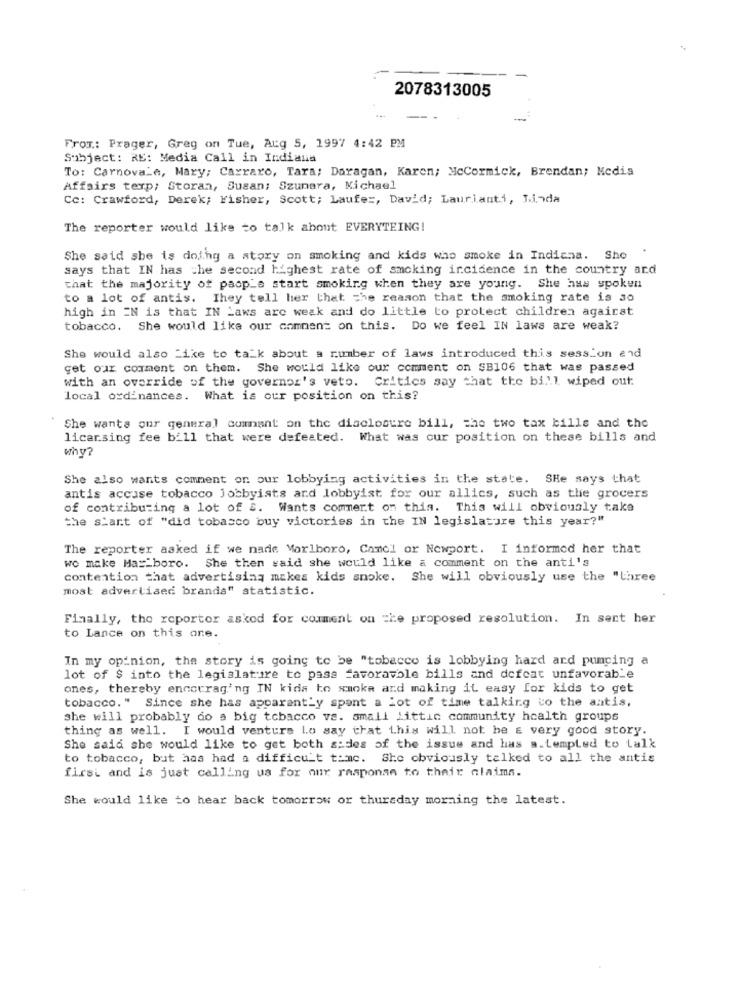
2078313005
From .: Prager, Greg on Tue, Atg 5, 1997 4:42 PM
Subject: RE: Media Call in Indiana
To: Carnovale, Mary; Carraro, Tara; Daragan, Karen; McCormick, Brendan; Medis
Affairs texp; Storan, Susan; Szunara, Michael
Cc: Crawford, Derek; Fisher, Scott; Laufe :, David; Laurlanti, Linda
The reporter would like to talk about EVERYTHING!
She said she is doing a atory on smoking and kids who smoke in Indiana. She
says that IN has the second highest rate of smoking incidence in the country and
that the majority of paop's start smoking when they are young. She has spoken
to a lot of antis. They tell her that the reason that the smoking rate is so
high in EN is that IN Laws are weak and do little to protect children against
tobacco. She would like our comment on this. Do we feel IN laws are weak?
She would also Like to talk about a number of laws introduced this session and
get our comment on them.
She would like our comment on SB106 that was passed
with an override of the governor's veto. Critics say that the bill wiped out:
local ordinances. What is our position on this?
She wants our general comment on the disclosure bill, the two tax bills and the
licar.sing fee bill that were defeated. What was cur position on these bills and
Why?
She also wants comment on our lobbying activities in the state. SHe says that
antis accuse tobacco Jobbyists and lobbyist for our allies, such as the grocers
of contributing a lot of S. Wants comment on this. This will obviously take
the start of "did tobacco buy victories in the IN legislature this year?"
The reporter asked if we nade Marlboro, Canol or Newport. I informed her that
we make Ma __ boro. She then said she would like a comment on the anti's
contention that advertising makes kids smoke. She will obviously use the "three
most advertised brands" statistic.
Finally, the reportor asked for comment on the proposed resolution. In sent her
to Lance on this one.
In my opinion, the story is going to be "tobacco is lobbying hard ard pumping a
lot of $ into the legislature to pass favoravble bills and defeat unfavorable
ones, thereby encouraging IN kids to smoke and making it easy for kids to get
tobacco." Since she has apparantly spant a Lot of time talking to the antis,
she will probably do s big tobacco ve. small Littic community health groups
thing as well. I would venture Lo say that this will not be E very good story.
She said she would like to get both sides of the issue and has a.tempted to talk
to tobacco, but has had a difficult time. She obviously talked to all the antis
first and is just calling us for our response to their claims.
She would like to hear back tomorrow or thursday morning the latest.